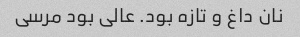
نان داغ و تازه بود. عالی بود مرسی